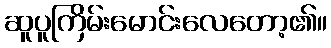
ဆူပူကြိမ်းမောင်းလေတော့၏။